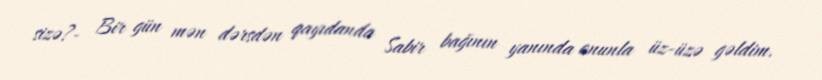
sizə?- Bir gün mən dərsdən qayıdanda Sabir bağının yanında onunla üz-üzə gəldim.